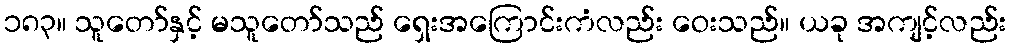
၁၈၃။ သူတော်နှင့် မသူတော်သည် ရှေးအကြောင်းကံလည်း ဝေးသည်။ ယခု အကျင့်လည်း